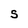
Character: S